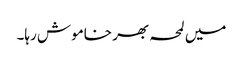
میں لمحہ بھر خاموش رہا۔